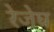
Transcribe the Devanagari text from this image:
रेजेघ